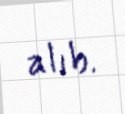
alıb.